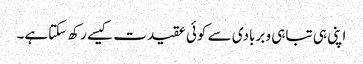
اپنی ہی تباہی و بربادی سے کوئی عقیدت کیسے رکھ سکتاہے۔